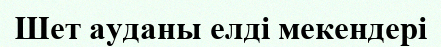
Шет ауданы елді мекендері